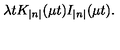
\lambda t K _ { \left| n \right| } ( \mu t ) I _ { \left| n \right| } ( \mu t ) .